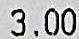
3.00